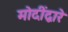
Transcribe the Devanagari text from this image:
मोदींद्वारे